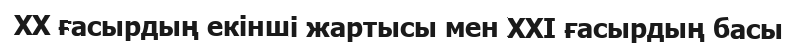
XX ғасырдың екінші жартысы мен XXI ғасырдың басы